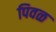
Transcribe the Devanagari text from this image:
पिवळ